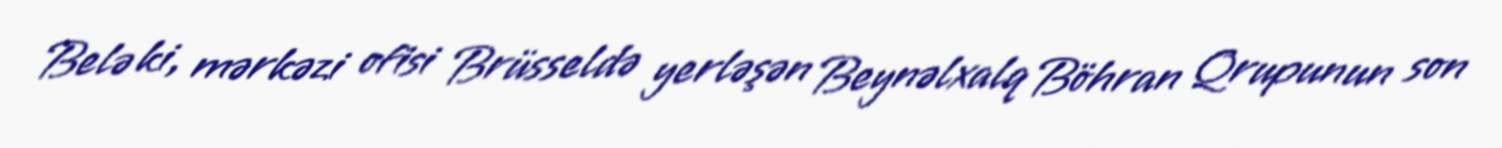
Belə ki, mərkəzi ofisi Brüsseldə yerləşən Beynəlxalq Böhran Qrupunun son